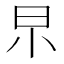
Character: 𣌢